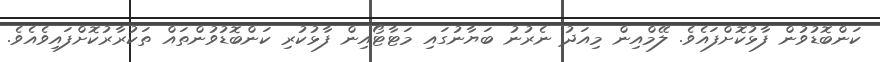
ކަންބޮޑުވުން ފާޅުކޮށްފައެވެ. ލޭމްއިން މިއަދު ނެރުނު ބަޔާނުގައި މަޓާޓޯއިން ފާޅުކުރި ކަންބޮޑުވުންތައް ތަކުރާރުކޮށްފައިވެއެވެ.